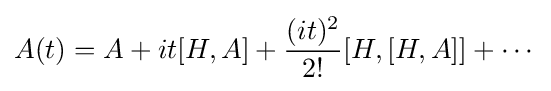
A(t)=A+it[H,A]+{\frac {(it)^{2}}{2!}}[H,[H,A]]+\cdots